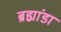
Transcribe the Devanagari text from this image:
ब्रह्मांडा